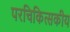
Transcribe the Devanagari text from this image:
परचिकित्सकीय